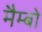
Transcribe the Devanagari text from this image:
मैम्बो